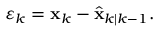
\begin{array} { r } { \boldsymbol { \varepsilon } _ { k } = \mathbf { x } _ { k } - \hat { \mathbf { x } } _ { k | k - 1 } . } \end{array}